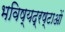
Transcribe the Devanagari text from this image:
भविष्यद्रष्टाओं